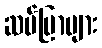
ဆပ်ပြာများ